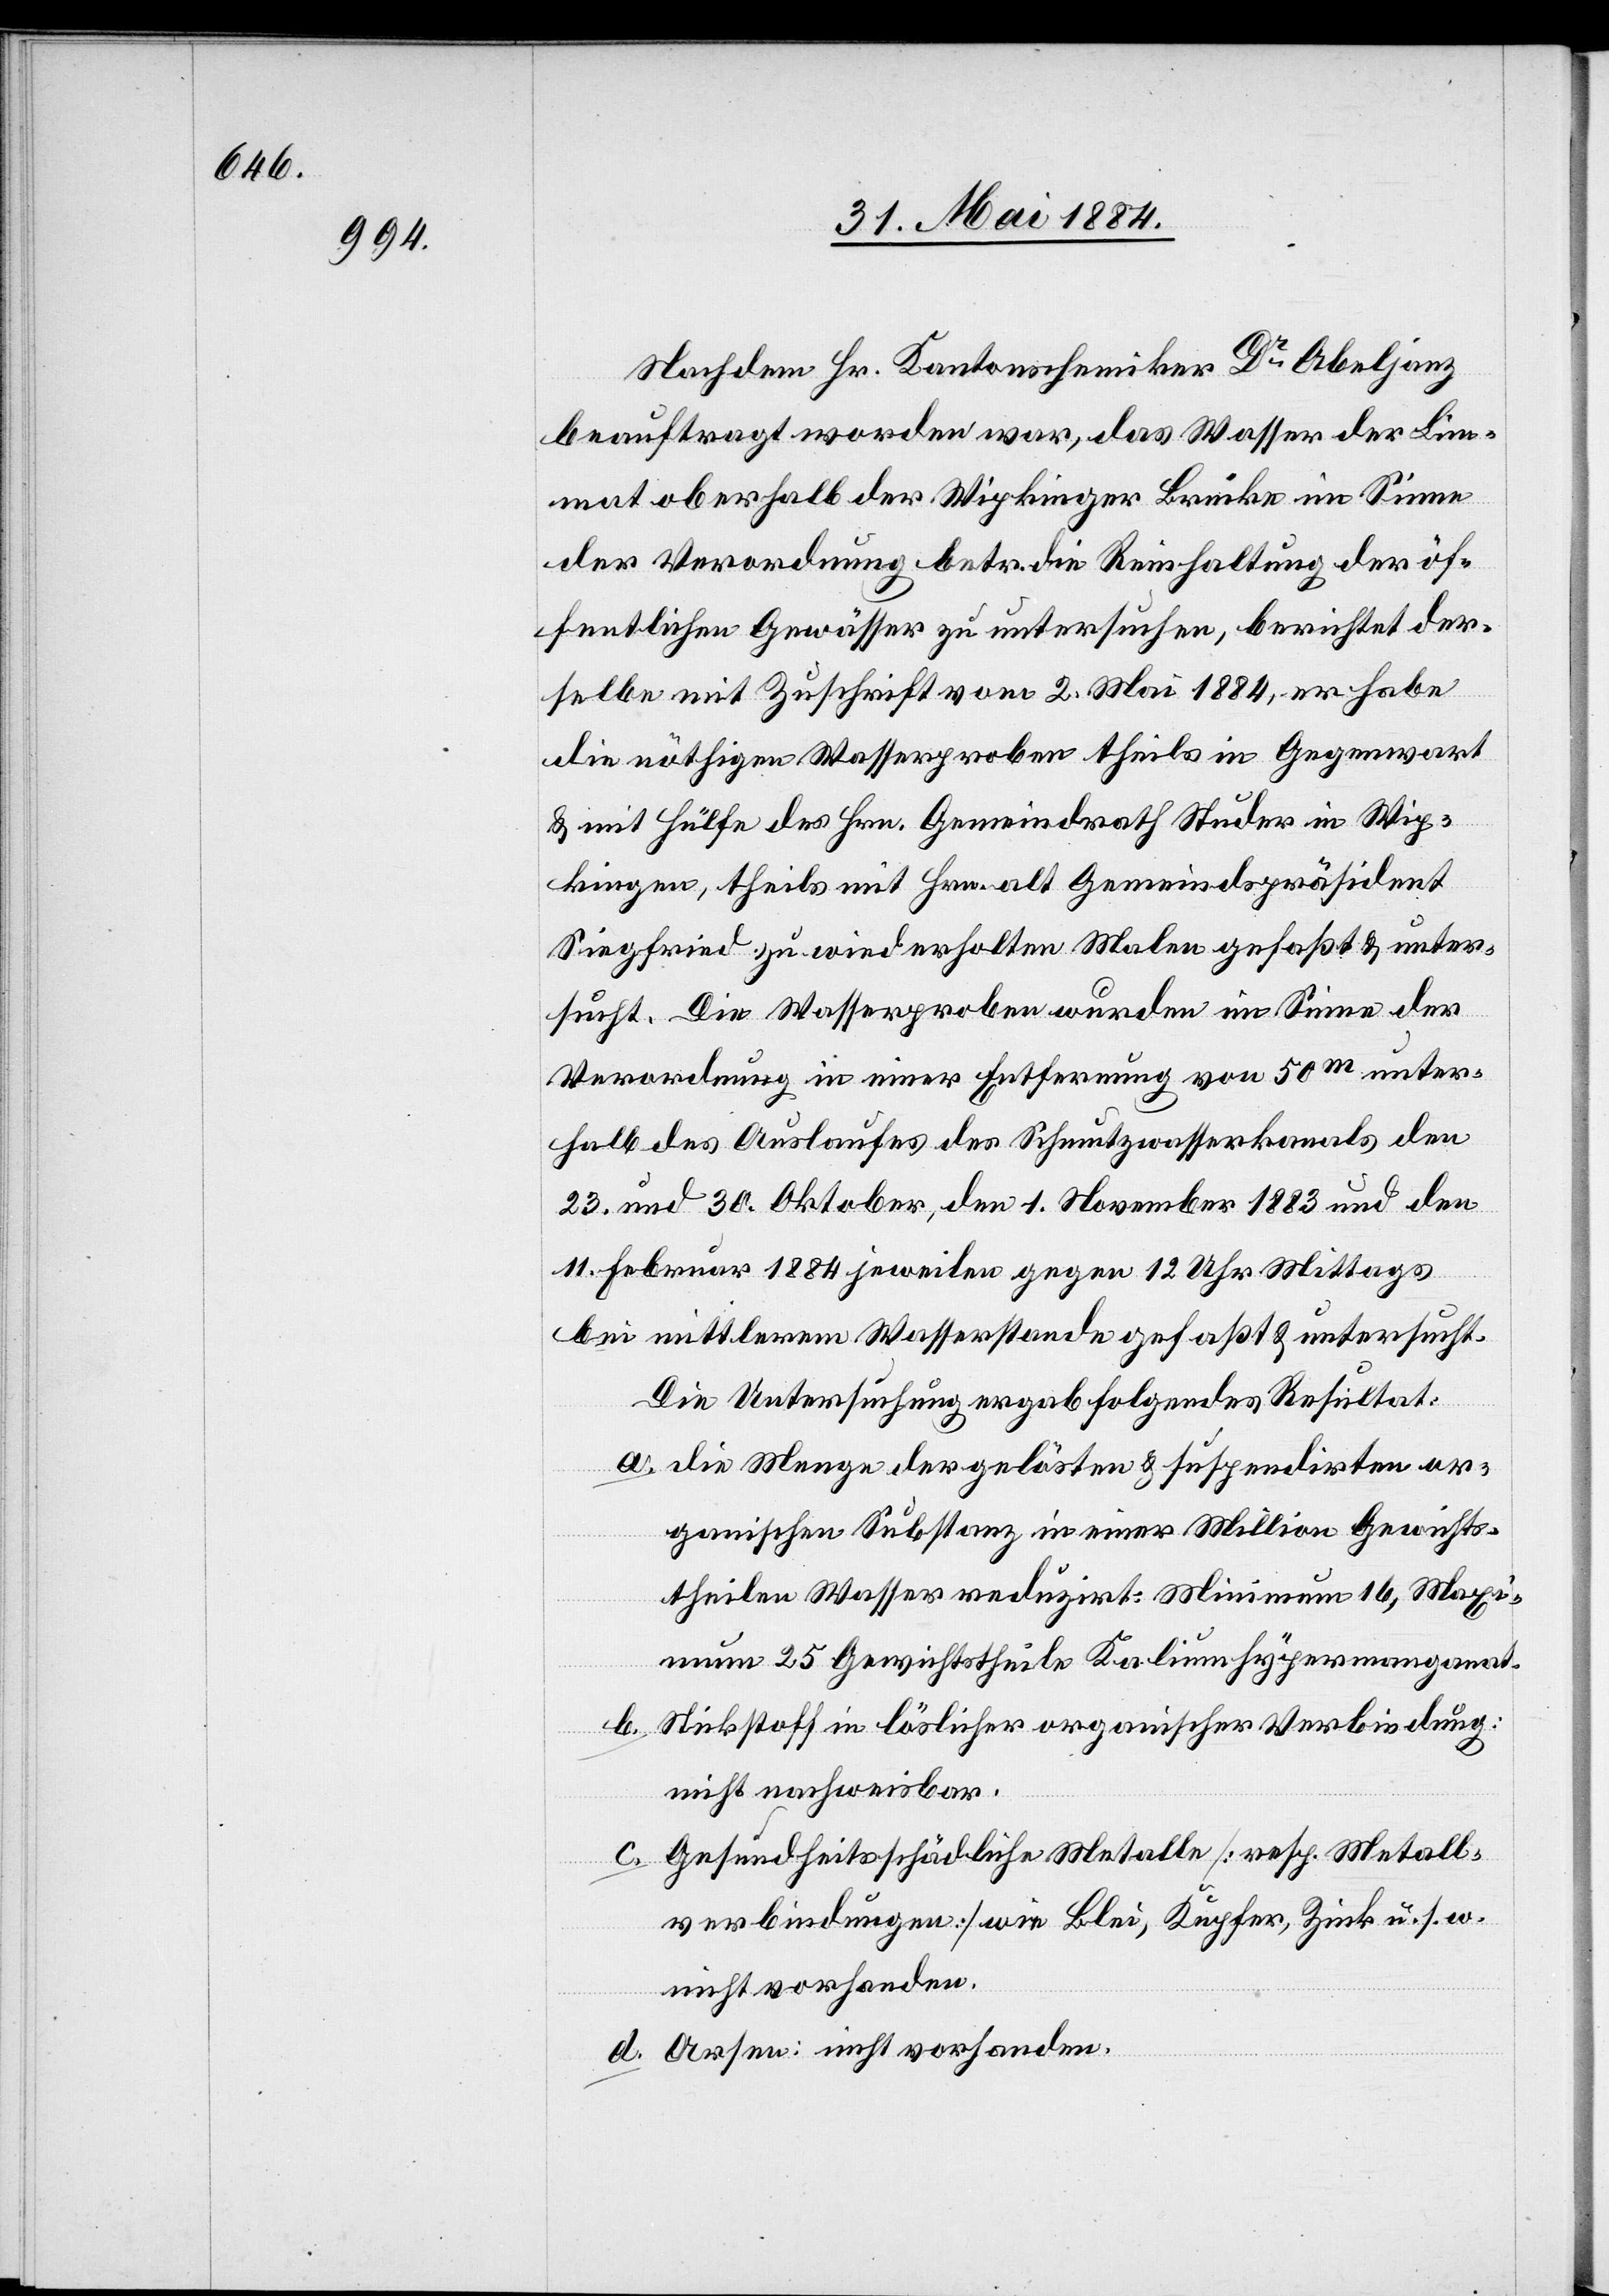
Nachdem Hr. Kantonschemiker Dr Abeljanz
beauftragt worden war, das Wasser der Lim¬
mat oberhalb der Wipkinger Brücke im Sinne
der Verordnung betr. die Reinhaltung der öf¬
fentlichen Gewässer zu untersuchen, berichtet der¬
selbe mit Zuschrift vom 2. Mai 1884, er habe
die nöthigen Wasserproben theils in Gegenwart
& mit Hülfe des Hrn. Gemeindrath Studer in Wip¬
kingen, theils mit Hrn. alt Gemeindspräsident
Siegfried zu wiederholten Malen gefaßt & unter¬
sucht. Die Wasserproben wurden im Sinne der
Verordnung in einer Entfernung von 50m unter¬
halb des Auslaufes des Schmutzwasserkanals den
und 30. Oktober, den 1. November 1883 und den
11. Februar 1884 jeweilen gegen 12 Uhr Mittags
bei mittlerem Wasserstande gefaßt & untersucht.
Die Untersuchung ergab folgendes Resultat:
a. die Menge der gelösten & suspendirten or¬
ganischen Substanz in einer Million Gewichts¬
theilen Wasser reduzirt: Minimum 16, Maxi¬
mum 25 Gewichtstheile Kaliumhypermanganat.
b. Stickstoff in löslicher organischer Verbindung:
nicht nachweisbar.
c. Gesundheitsschädliche Metalle [resp. Metall¬
verbindungen] wie Blei, Kupfer, Zink u. s. w.
nicht vorhanden.
d. Arsen: nicht vorhanden.